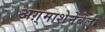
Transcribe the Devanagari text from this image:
अग़्माशेनेबेली